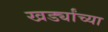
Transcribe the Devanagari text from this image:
खर्ड्यांच्या